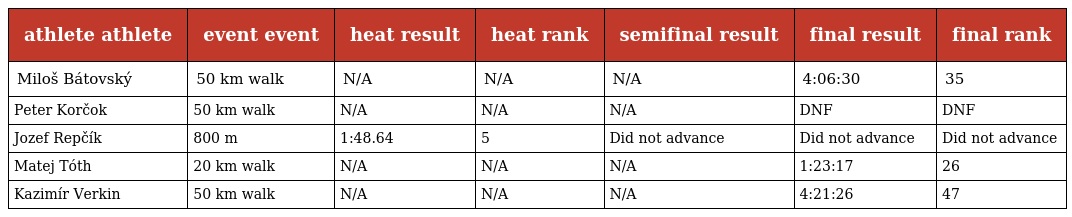
| athlete athlete | event event | heat result | heat rank | semifinal result | final result | final rank |
 | --- | --- | --- | --- | --- | --- | --- |
 | Miloš Bátovský | 50 km walk | N/A | N/A | N/A | 4:06:30 | 35 |
 | Peter Korčok | 50 km walk | N/A | N/A | N/A | DNF | DNF |
 | Jozef Repčík | 800 m | 1:48.64 | 5 | Did not advance | Did not advance | Did not advance |
 | Matej Tóth | 20 km walk | N/A | N/A | N/A | 1:23:17 | 26 |
 | Kazimír Verkin | 50 km walk | N/A | N/A | N/A | 4:21:26 | 47 |